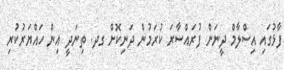
ފާޅުގައި އިސްލާމް ދީނަށް ފުރައްސާރަ ކުރަމުން ދަނިކޮށް ގދ. ތިނަދީ އިން ހައްޔަރުކުރި